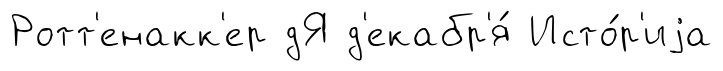
Ротт'енакк'ер дЯ д'екабр'я́ Исто́р'иjа